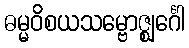
ဓမ္မဝိစယသမ္ဗောဇ္ဈင်္ဂေါ